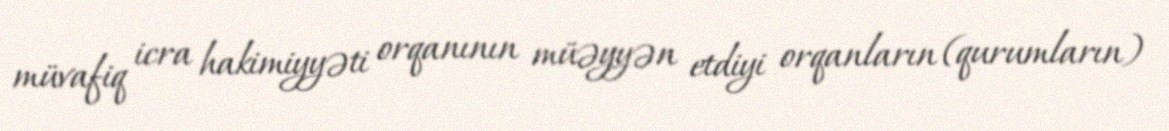
müvafiq icra hakimiyyəti orqanının müəyyən etdiyi orqanların (qurumların)